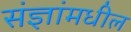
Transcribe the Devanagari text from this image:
संज्ञांमधील